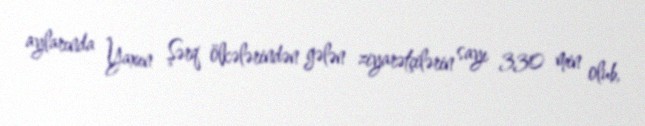
aylarında Yaxın Şərq ölkələrindən gələn ziyarətçilərin sayı 330 min olub,